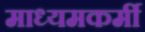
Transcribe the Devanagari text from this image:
माध्यमकर्मी